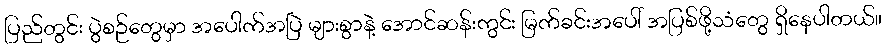
ပြည်တွင်း ပွဲစဉ်တွေမှာ အပေါက်အပြဲ များစွာနဲ့ အောင်ဆန်းကွင်း မြက်ခင်းအပေါ် အပြစ်ဖို့သံတွေ ရှိနေပါတယ်။